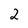
Character: 2